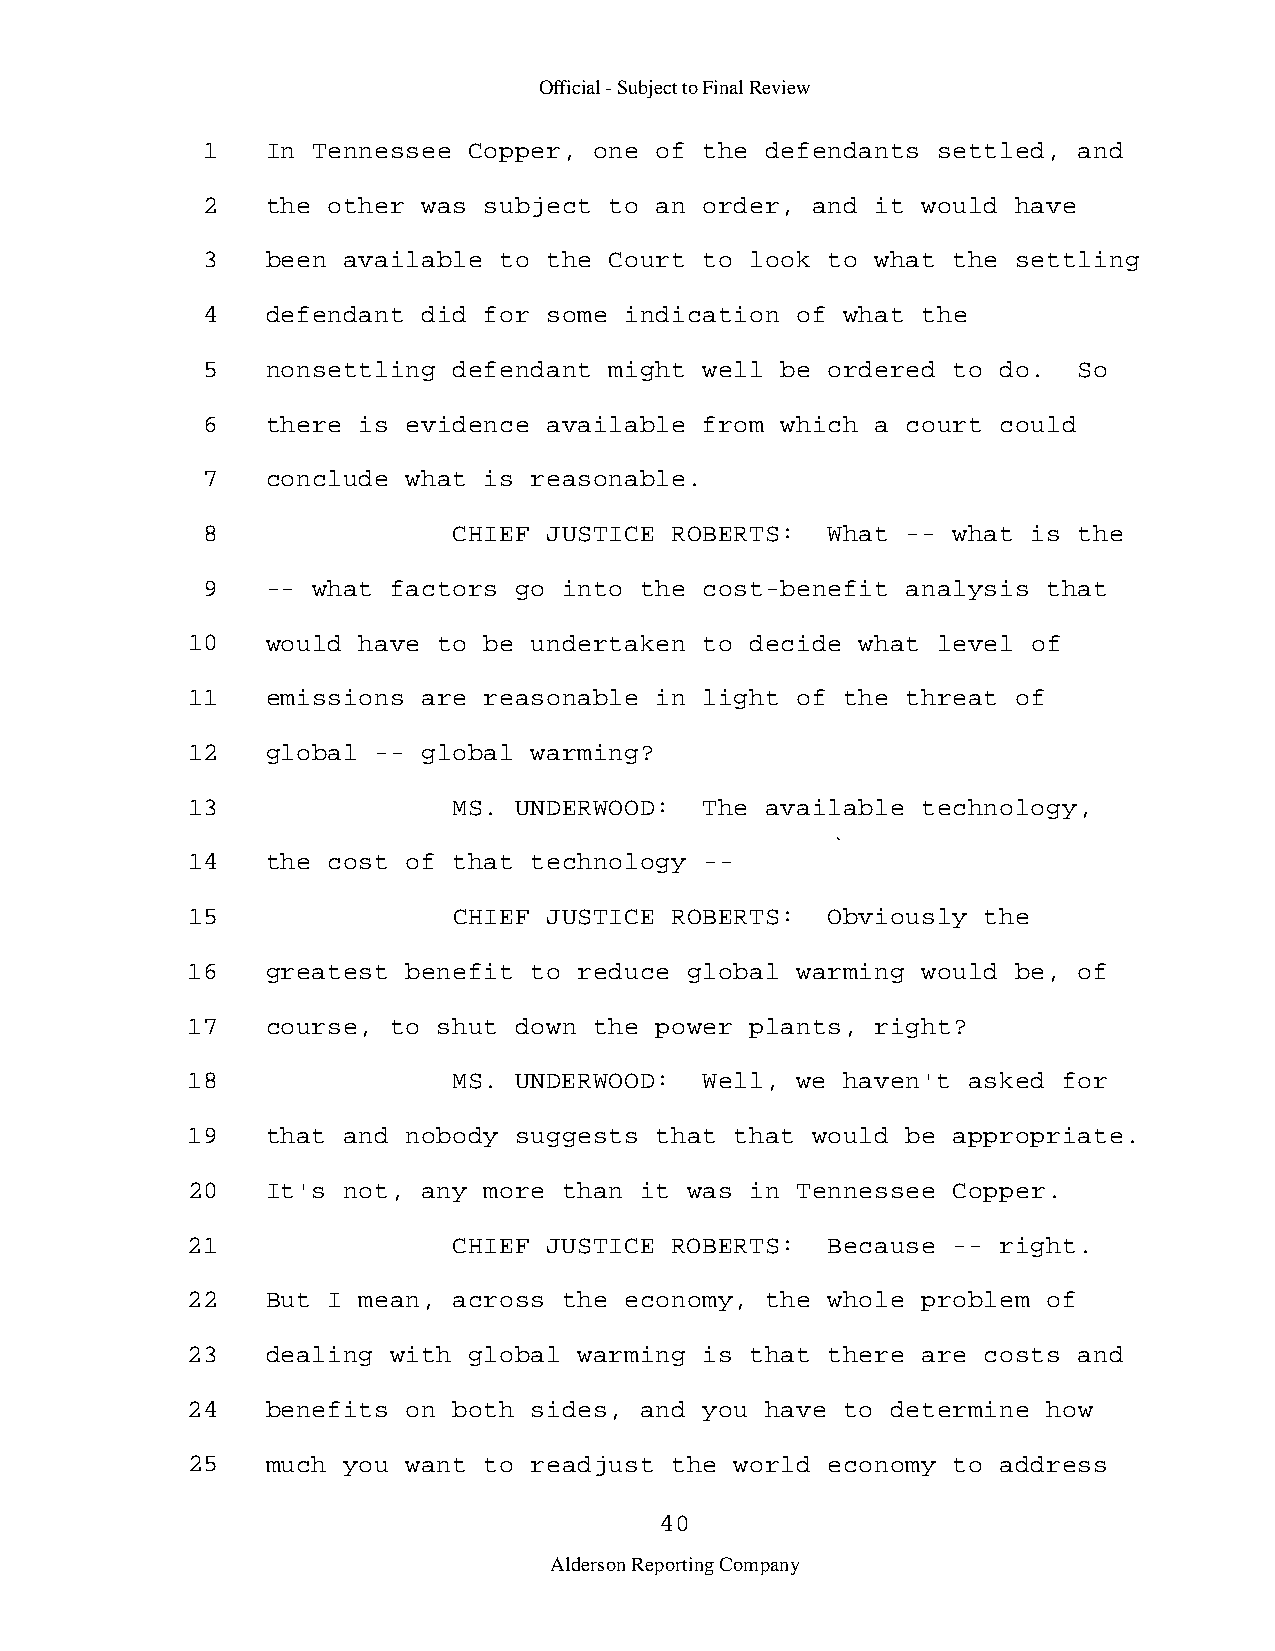
Official - Subject to Final Review
 1    In Tennessee Copper, one of  the defendants settled, and
 2    the other was subject to an  order, and it would have
 3    been available to the Court  to look to what the settling
 4    defendant did for some indication  of what the
 5    nonsettling defendant might  well be ordered to do.  So
 6    there is evidence available  from which a court could
 7    conclude what is reasonable.
 8                CHIEF JUSTICE ROBERTS:   What -- what is the
 9    -- what factors go into the  cost-benefit analysis that
 10    would have to be undertaken  to decide what level of
 11    emissions are reasonable in  light of the threat of
 12    global -- global warming?
 13                MS. UNDERWOOD:   The available technology,
 14    the cost of that technology  -­
 15                CHIEF JUSTICE ROBERTS:   Obviously the
 16    greatest benefit to reduce  global warming would be, of
 17    course, to shut down the power  plants, right?
 18                MS. UNDERWOOD:   Well, we haven't asked for
 19    that and nobody suggests that  that would be appropriate.
 20    It's not, any more than it  was in Tennessee Copper.
 21                CHIEF JUSTICE ROBERTS:   Because -- right.
 22    But I mean, across the economy,  the whole problem of
 23    dealing with global warming  is that there are costs and
 24    benefits on both sides, and  you have to determine how
 25    much you want to readjust the  world economy to address
 40
 Alderson Reporting Company